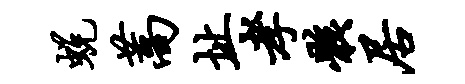
蜕蒿址孝骸居